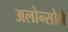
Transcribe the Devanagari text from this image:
अलोन्सोने